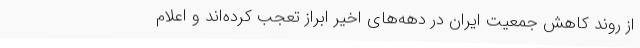
از روند کاهش جمعیت ایران در دهه‌های اخیر ابراز تعجب کرده‌اند و اعلام